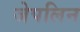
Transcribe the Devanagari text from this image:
जेपलिन